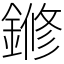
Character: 鎀